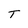
Character: T